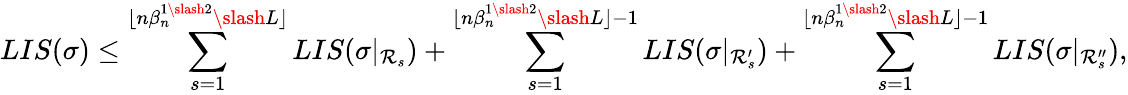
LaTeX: LIS(\sigma)\leq\sum_{s=1}^{\lfloor n\beta_{n}^{1\slash 2}\slash L\rfloor}LIS(\sigma|_{\mathcal{R}_{s}})+\sum_{s=1}^{\lfloor n\beta_{n}^{1\slash 2}\slash L\rfloor-1}LIS(\sigma|_{\mathcal{R}_{s}^{\prime}})+\sum_{s=1}^{\lfloor n\beta_{n}^{1\slash 2}\slash L\rfloor-1}LIS(\sigma|_{\mathcal{R}_{s}^{\prime\prime}}),